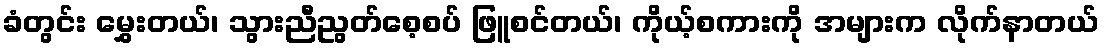
ခံတွင်း မွှေးတယ်၊ သွားညီညွတ်စေ့စပ် ဖြူစင်တယ်၊ ကိုယ့်စကားကို အများက လိုက်နာတယ်